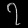
Digit: ၇